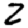
Digit: 2